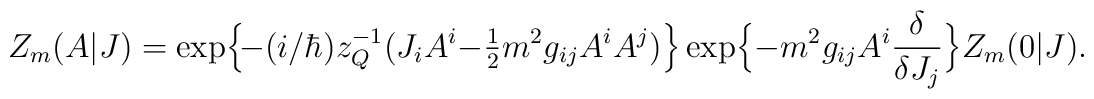
Z_m(A|J) = {\rm exp}\Bigr\{\! - (i/\hbar) z_Q^{-1} \bigr( J_i A^i - \hbox{$\frac{1}{2}$} m^2 g_{ij} A^i A^j \bigr) \Bigr\}\, {\rm exp}\Bigr\{ - m^2 g_{ij} A^i \frac{\delta}{\delta J_j} \Bigr\} Z_m(0|J).